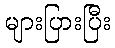
များပြားပြီး